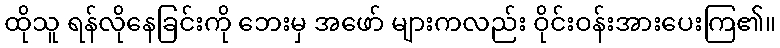
ထိုသူ ရန်လိုနေခြင်းကို ဘေးမှ အဖော် များကလည်း ဝိုင်းဝန်းအားပေးကြ၏။